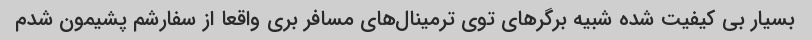
بسیار بی کیفیت شده شبیه برگرهای توی ترمینال‌های مسافر بری واقعا از سفارشم پشیمون شدم